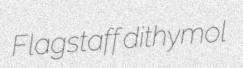
Flagstaff dithymol